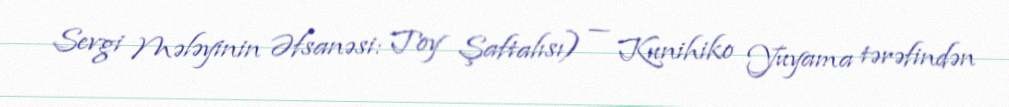
Sevgi Mələyinin Əfsanəsi: Toy Şaftalısı) — Kunihiko Yuyama tərəfindən